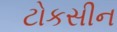
ટોકસીન